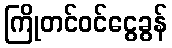
ကြိုတင်ဝင်ငွေခွန်